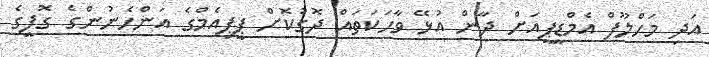
އަދި މަހްލޫފް އެމްޑީޕީއަށް ދާން އުޅޭ ވާހަކަތައް ދޮގުކޮށް ޕީޕިއެމްގެ އަންހެނުންގެ ގޮފީގެ